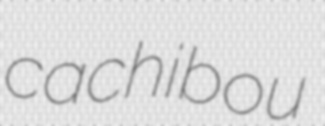
cachibou